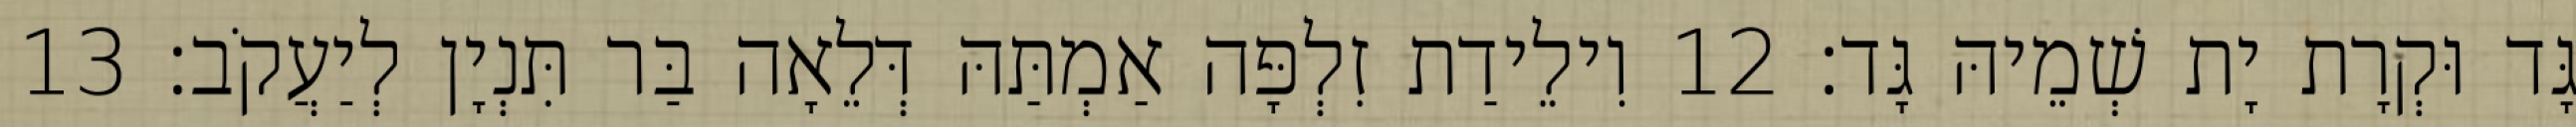
גָּד וּקְרָת יָת שְׁמֵיהּ גָּד׃ 12 וִילֵידַת זִלְפָּה אַמְתַּהּ דְּלֵאָה בַּר תִּנְיָן לְיַעֲקֹב׃ 13